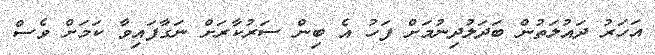
އަހަރު ދައުލަތުން ބަދަލުދިނުމަށް ފަހު އެ ބިން ސަރުކާރަށް ނަގާފައިވާ ކަމަށް ވެސް